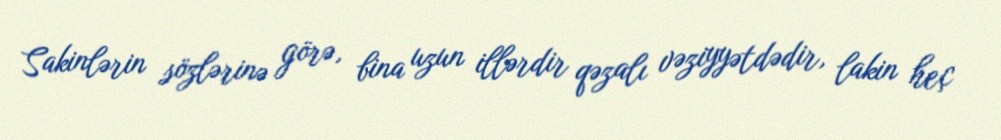
Sakinlərin sözlərinə görə, bina uzun illərdir qəzalı vəziyyətdədir, lakin heç